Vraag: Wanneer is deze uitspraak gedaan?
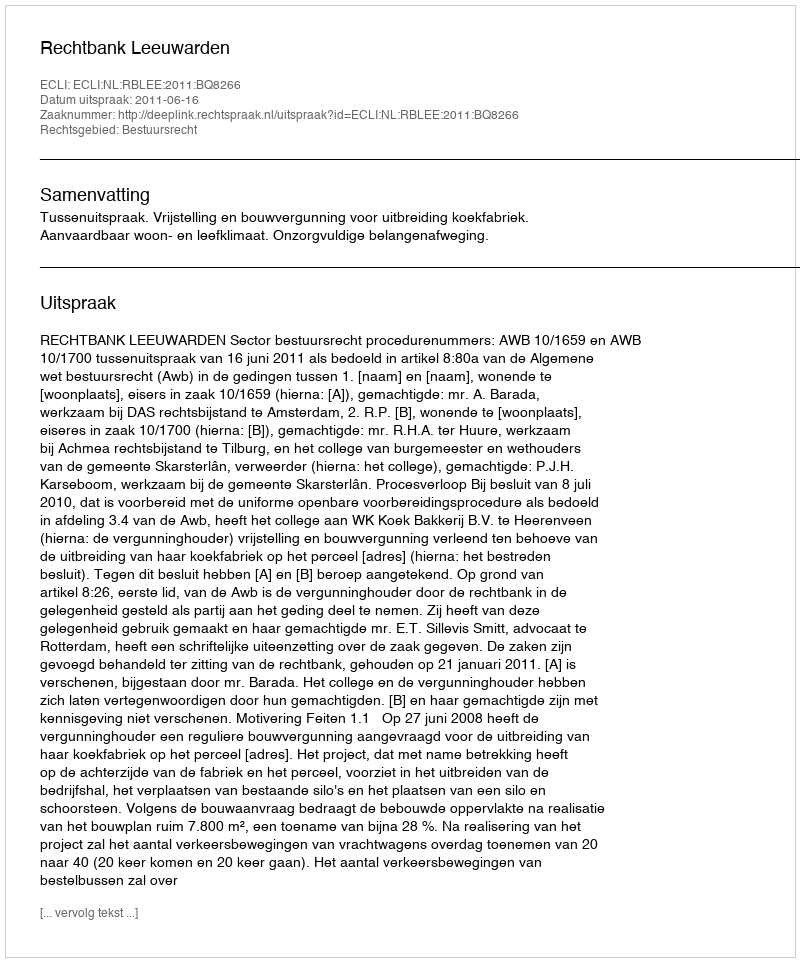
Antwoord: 2011-06-16